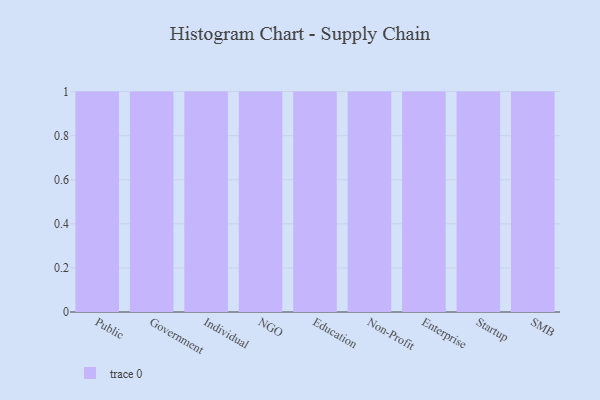
{"axis": {"x": "Segment", "y": "Inventory Turnover"}, "legend": [""], "data": [{"x": "Public", "y": 61, "type": ""}, {"x": "Government", "y": 87, "type": ""}, {"x": "Individual", "y": 1, "type": ""}, {"x": "NGO", "y": 92, "type": ""}, {"x": "Education", "y": 42, "type": ""}, {"x": "Non-Profit", "y": 88, "type": ""}, {"x": "Enterprise", "y": 81, "type": ""}, {"x": "Startup", "y": 63, "type": ""}, {"x": "SMB", "y": 73, "type": ""}]}